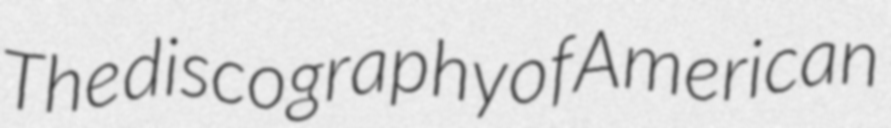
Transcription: The discography of American